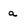
Character: a